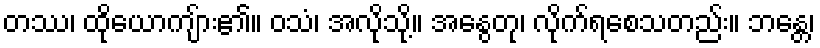
တဿ၊ ထိုယောကျ်ား၏။ ဝသံ၊ အလိုသို့။ အနွေတု၊ လိုက်ရစေသတည်း။ ဘန္တေ၊